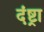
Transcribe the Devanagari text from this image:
दंष्ट्रा